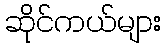
ဆိုင်ကယ်များ